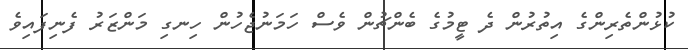
ކުޅުންތެރިންގެ އިތުރުން ދެ ޓީމުގެ ބެންޗުން ވެސް ހަމަނުޖެހުން ހިނގި މަންޒަރު ފެނިފައިވެ